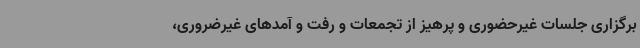
برگزاری جلسات غیرحضوری و پرهیز از تجمعات و رفت و آمدهای غیرضروری،